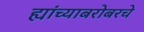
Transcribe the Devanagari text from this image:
ह्यांच्याबरोबरचे